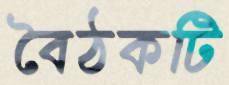
বৈঠকটি